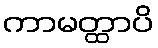
ကာမတ္ထာပိ